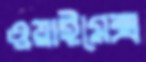
ওয়াইমেক্স